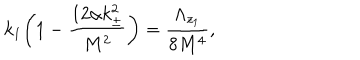
k _ { 1 } \bigg ( 1 - \frac { 1 2 \alpha k _ { \pm } ^ { 2 } } { M ^ { 2 } } \bigg ) = \frac { \Lambda _ { z _ { 1 } } } { 8 M ^ { 4 } } ,